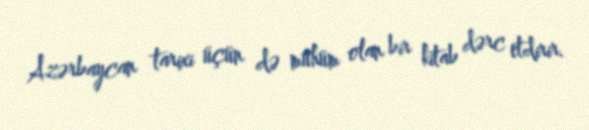
Azərbaycan tarixi üçün də mühüm olan bir kitab dərc etdirir.